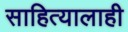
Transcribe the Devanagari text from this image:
साहित्यालाही